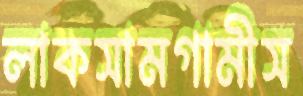
লাকসামগামীস